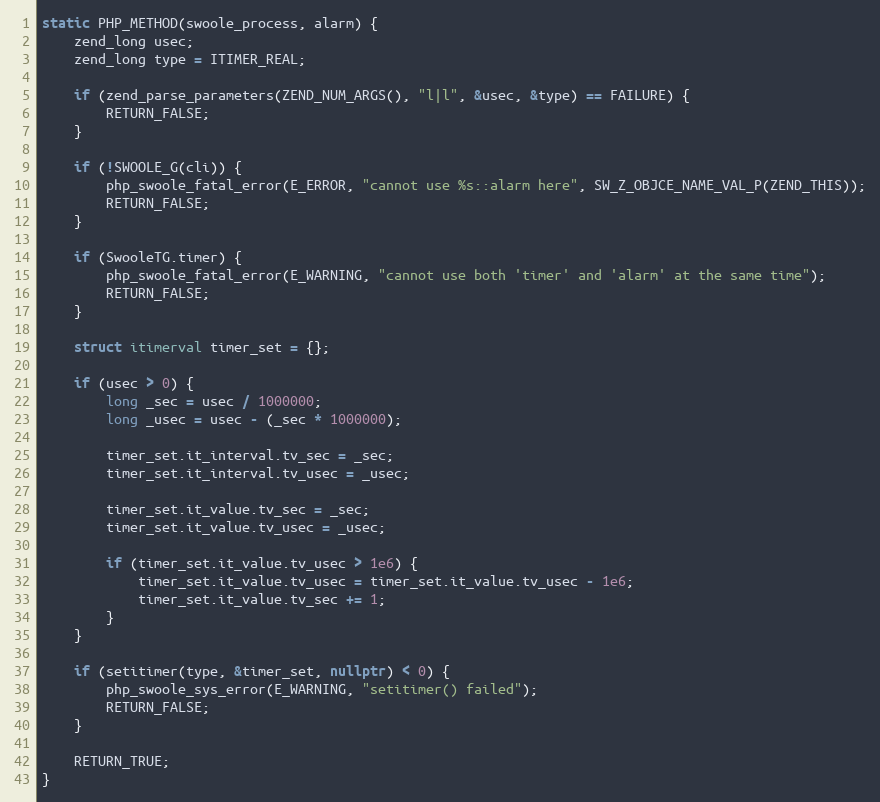
Language: C++
static PHP_METHOD(swoole_process, alarm) {
    zend_long usec;
    zend_long type = ITIMER_REAL;

    if (zend_parse_parameters(ZEND_NUM_ARGS(), "l|l", &usec, &type) == FAILURE) {
        RETURN_FALSE;
    }

    if (!SWOOLE_G(cli)) {
        php_swoole_fatal_error(E_ERROR, "cannot use %s::alarm here", SW_Z_OBJCE_NAME_VAL_P(ZEND_THIS));
        RETURN_FALSE;
    }

    if (SwooleTG.timer) {
        php_swoole_fatal_error(E_WARNING, "cannot use both 'timer' and 'alarm' at the same time");
        RETURN_FALSE;
    }

    struct itimerval timer_set = {};

    if (usec > 0) {
        long _sec = usec / 1000000;
        long _usec = usec - (_sec * 1000000);

        timer_set.it_interval.tv_sec = _sec;
        timer_set.it_interval.tv_usec = _usec;

        timer_set.it_value.tv_sec = _sec;
        timer_set.it_value.tv_usec = _usec;

        if (timer_set.it_value.tv_usec > 1e6) {
            timer_set.it_value.tv_usec = timer_set.it_value.tv_usec - 1e6;
            timer_set.it_value.tv_sec += 1;
        }
    }

    if (setitimer(type, &timer_set, nullptr) < 0) {
        php_swoole_sys_error(E_WARNING, "setitimer() failed");
        RETURN_FALSE;
    }

    RETURN_TRUE;
}